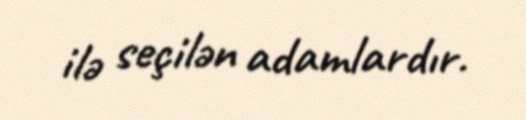
ilə seçilən adamlardır.